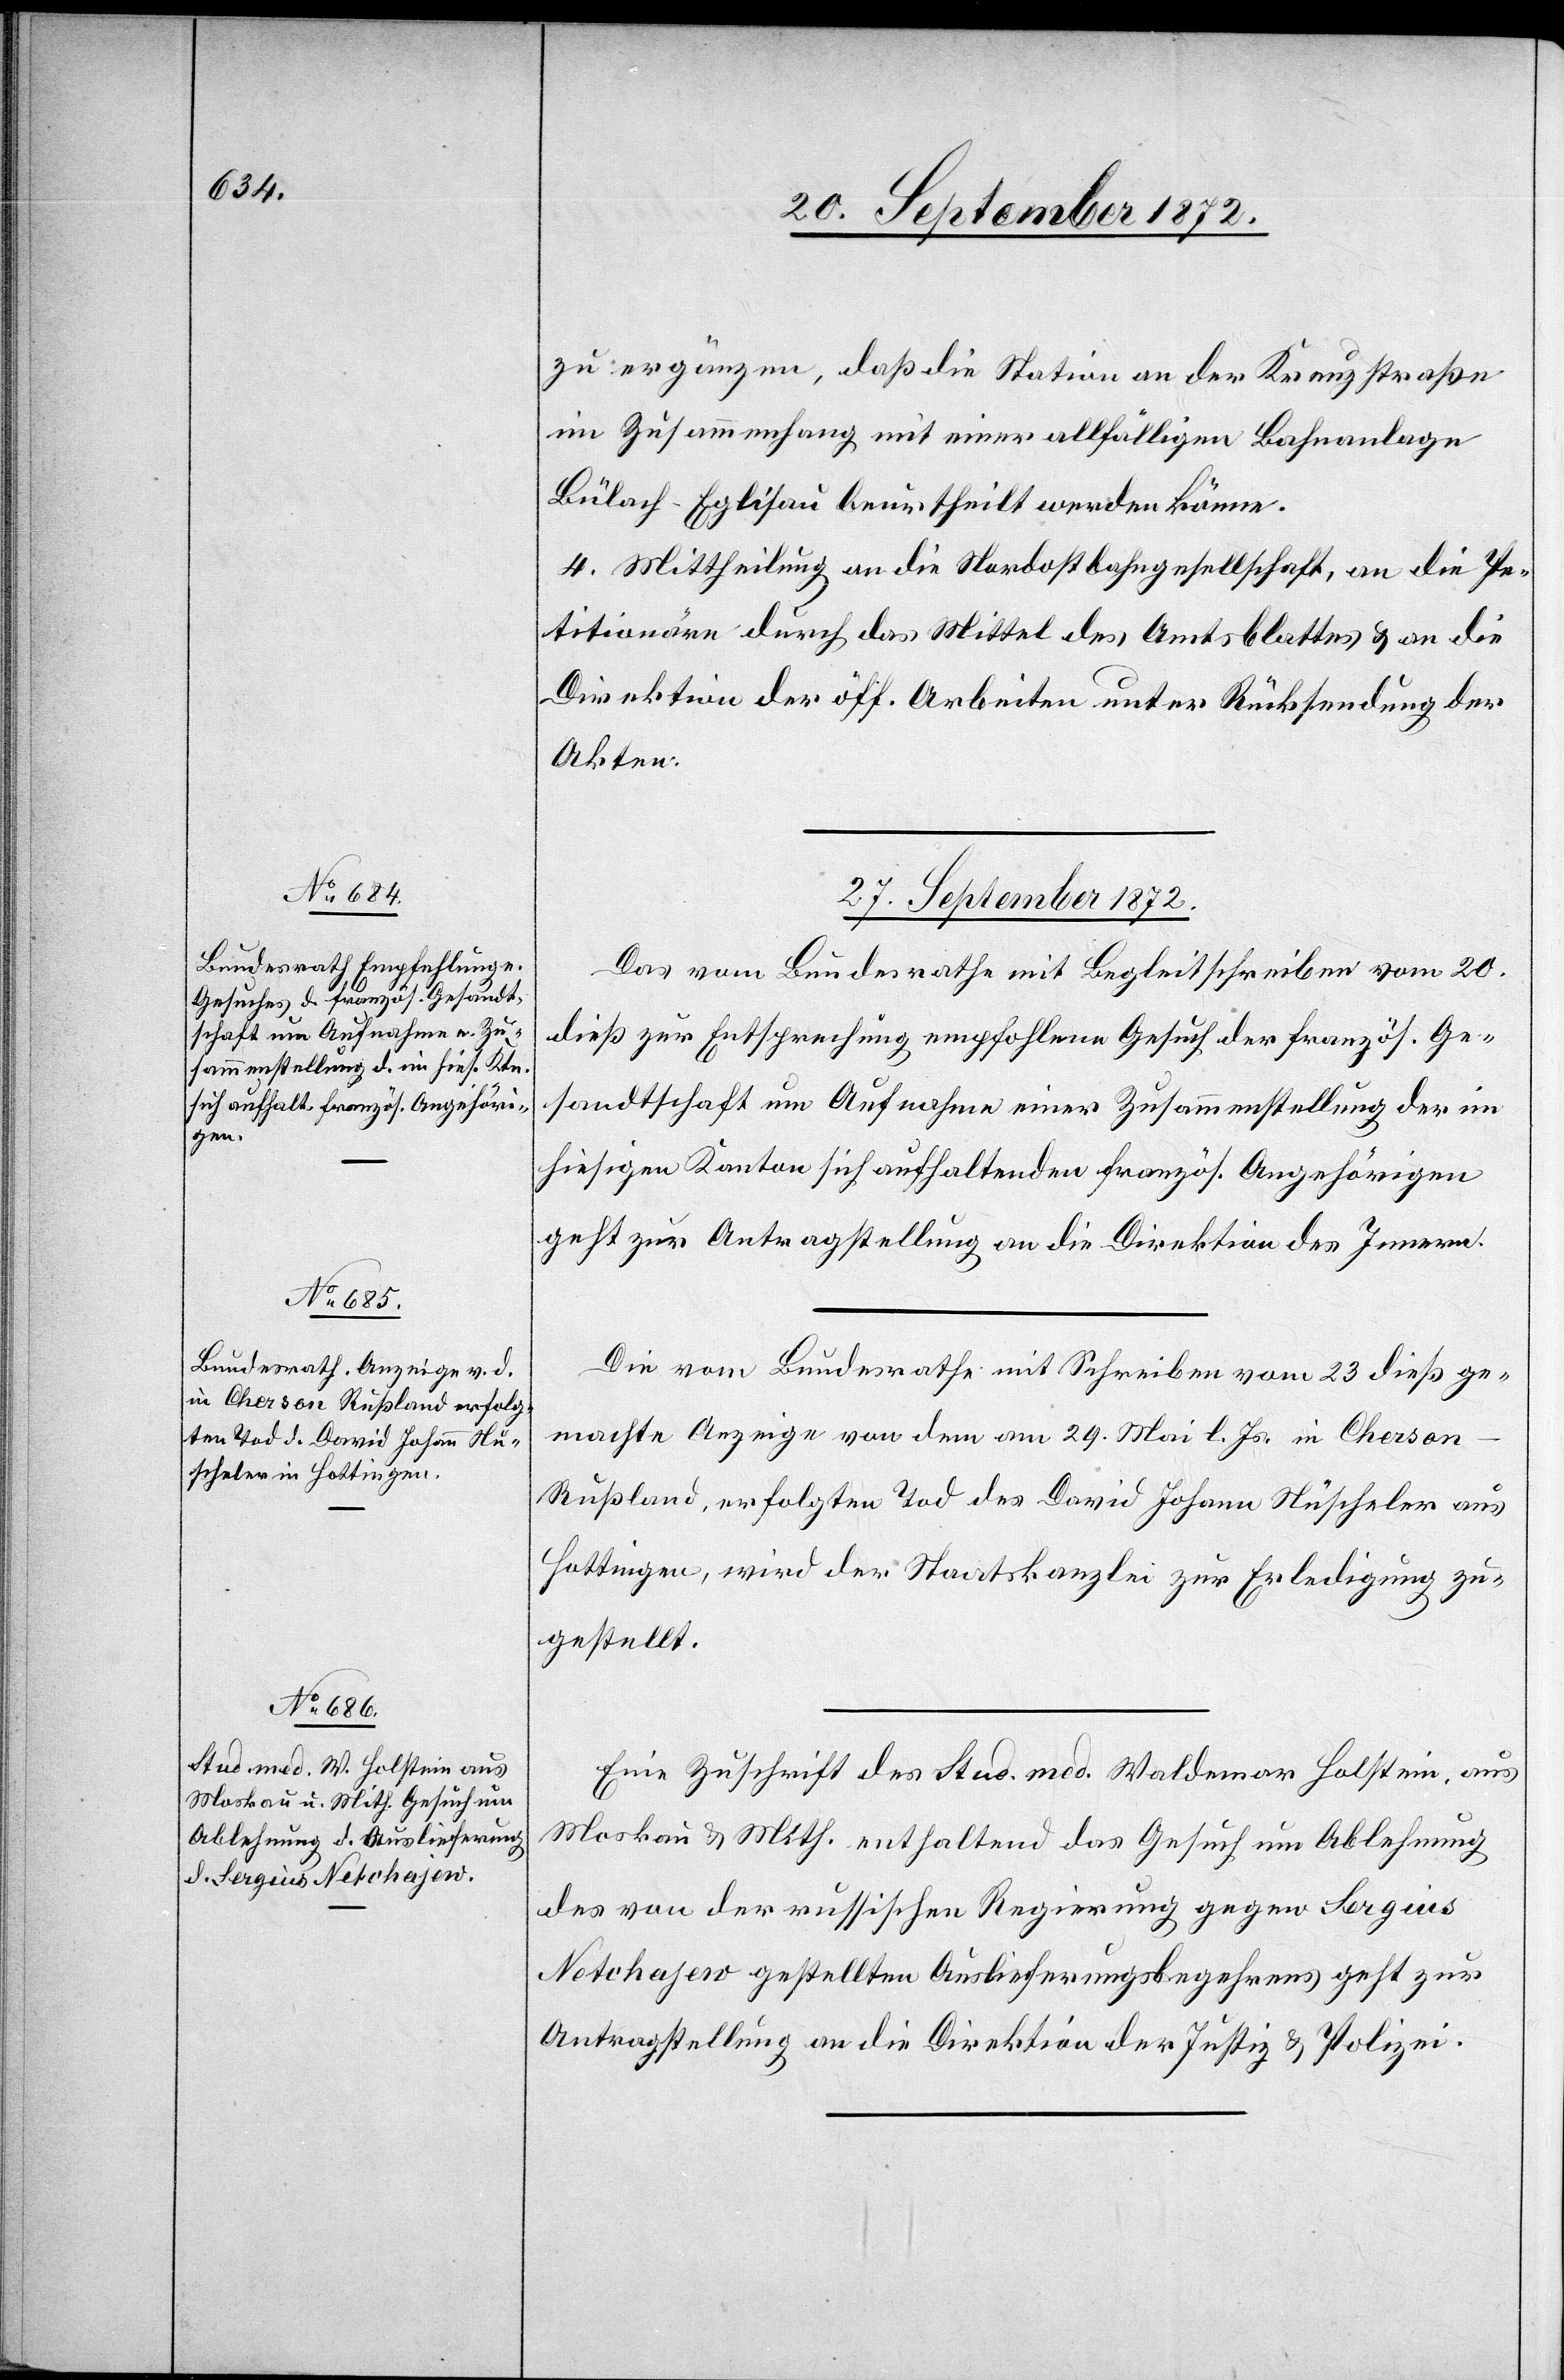
zu ergänzen, daß die Station an der Kreuzstraße
im Zusammenhang mit einer allfälligen Bahnanlage
Bülach–Eglisau beurtheilt werden könne.
4. Mittheilung an die Nordostbahngesellschaft, an die Pe¬
titionäre durch das Mittel des Amtsblattes u. an die
Direktion der öff. Arbeiten unter Rücksendung der
Akten.
27. September 1872.]
Das vom Bundesrathe mit Begleitschreiben vom 20.
dieß zur Entsprechung empfohlene Gesuch der französ. Ge¬
sandtschaft um Aufnahme einer Zusammenstellung der im
hiesigen Kanton sich aufhaltende französ. Angehörigen
geht zur Antragstellung an die Direktion des Innern.
Die vom Bundesrathe mit Schreiben vom 23. dieß ge¬
machte Anzeige von dem am 29. Mai l. Js. in Cherso¬
n-Rußland, erfolgten Tod des David Johann Nüscheler aus
Hottingen, wird der Staatskanzlei zur Erledigung zu¬
gestellt.
Eine Zuschrift des Stud. med. Waldemar Holstein, aus
Moskau u. Mith. enthaltend das Gesuch um Ablehnung
des von der russischen Regierung gegen Sergius
Netchajew gestellten Auslieferungsbegehrens geht zur
Antragstellung an die Direktion der Justiz u. Polizei.